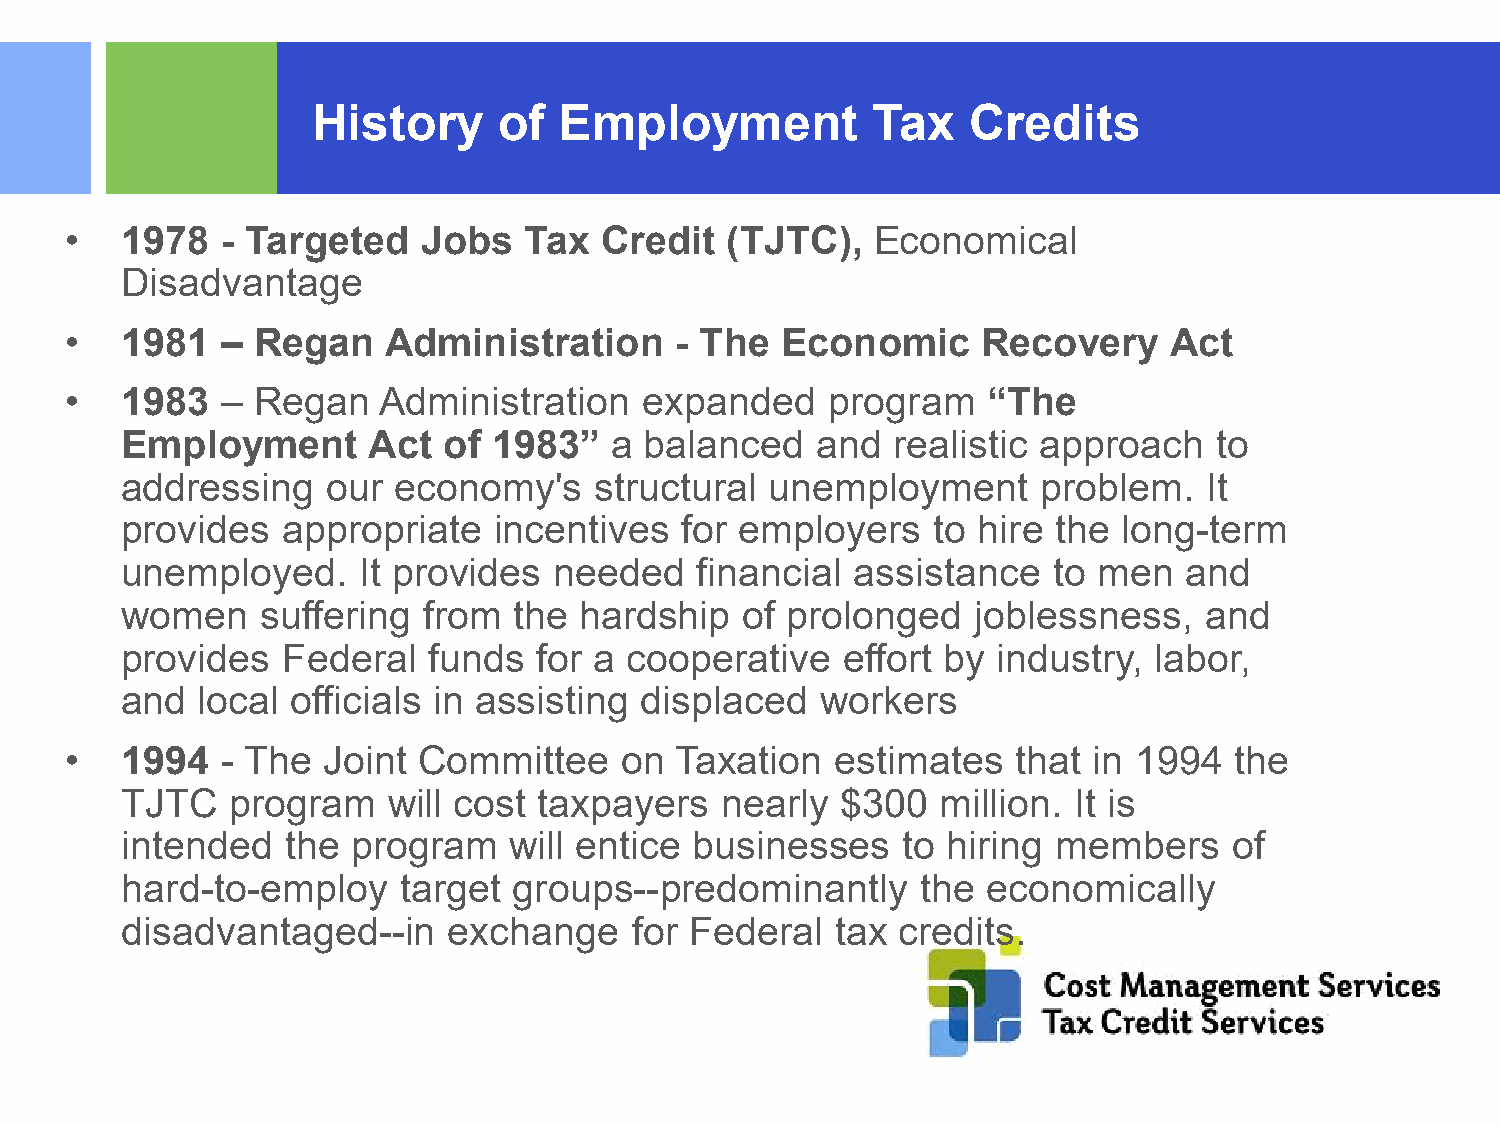
History     of  Employment           Tax   Credits
 •   1978   - Targeted   Jobs   Tax  Credit  (TJTC),   Economical
 Disadvantage
 •   1981   – Regan   Administration      - The  Economic     Recovery    Act
 •   1983   – Regan   Administration    expanded    program   “The
 Employment      Act  of  1983”  a  balanced   and  realistic approach    to
 addressing    our economy's    structural  unemployment      problem.   It
 provides   appropriate   incentives  for employers    to hire the long-term
 unemployed.     It provides  needed   financial  assistance   to men  and
 women    suffering  from  the hardship   of prolonged    joblessness,   and
 provides   Federal  funds   for a cooperative   effort by industry, labor,
 and  local officials in assisting displaced   workers
 •   1994   - The Joint  Committee    on  Taxation  estimates   that in 1994   the
 TJTC   program    will cost taxpayers   nearly  $300  million. It is
 intended   the program    will entice businesses    to hiring members     of
 hard-to-employ    target  groups--predominantly      the economically
 disadvantaged--in     exchange    for Federal  tax credits.
 ©2015 RSM US LLP. All Rights Reserved.